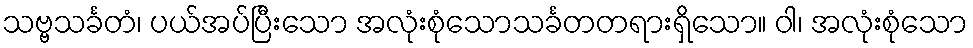
သဗ္ဗသင်္ခတံ၊ ပယ်အပ်ပြီးသော အလုံးစုံသောသင်္ခတတရားရှိသော။ ဝါ၊ အလုံးစုံသော